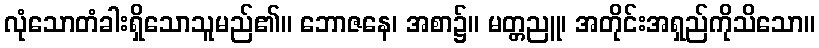
လုံသောတံခါးရှိသောသူမည်၏။ ဘောဇနေ၊ အစာ၌။ မတ္တညူ၊ အတိုင်းအရှည်ကိုသိသော။